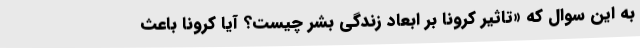
به این سوال که «تاثیر کرونا بر ابعاد زندگی بشر چیست؟ آیا کرونا باعث